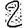
Digit: 2